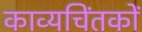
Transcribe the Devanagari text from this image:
काव्यचिंतकों